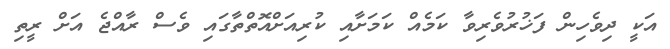
އަކީ ދިވެހިން ފަޚުރުވެރިވާ ކަމެއް ކަމަށާއި ކުރިއަށްއޮތްތާގައި ވެސް ރާއްޖެ އަށް ރީތި